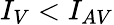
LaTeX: I_{V}<I_{AV}